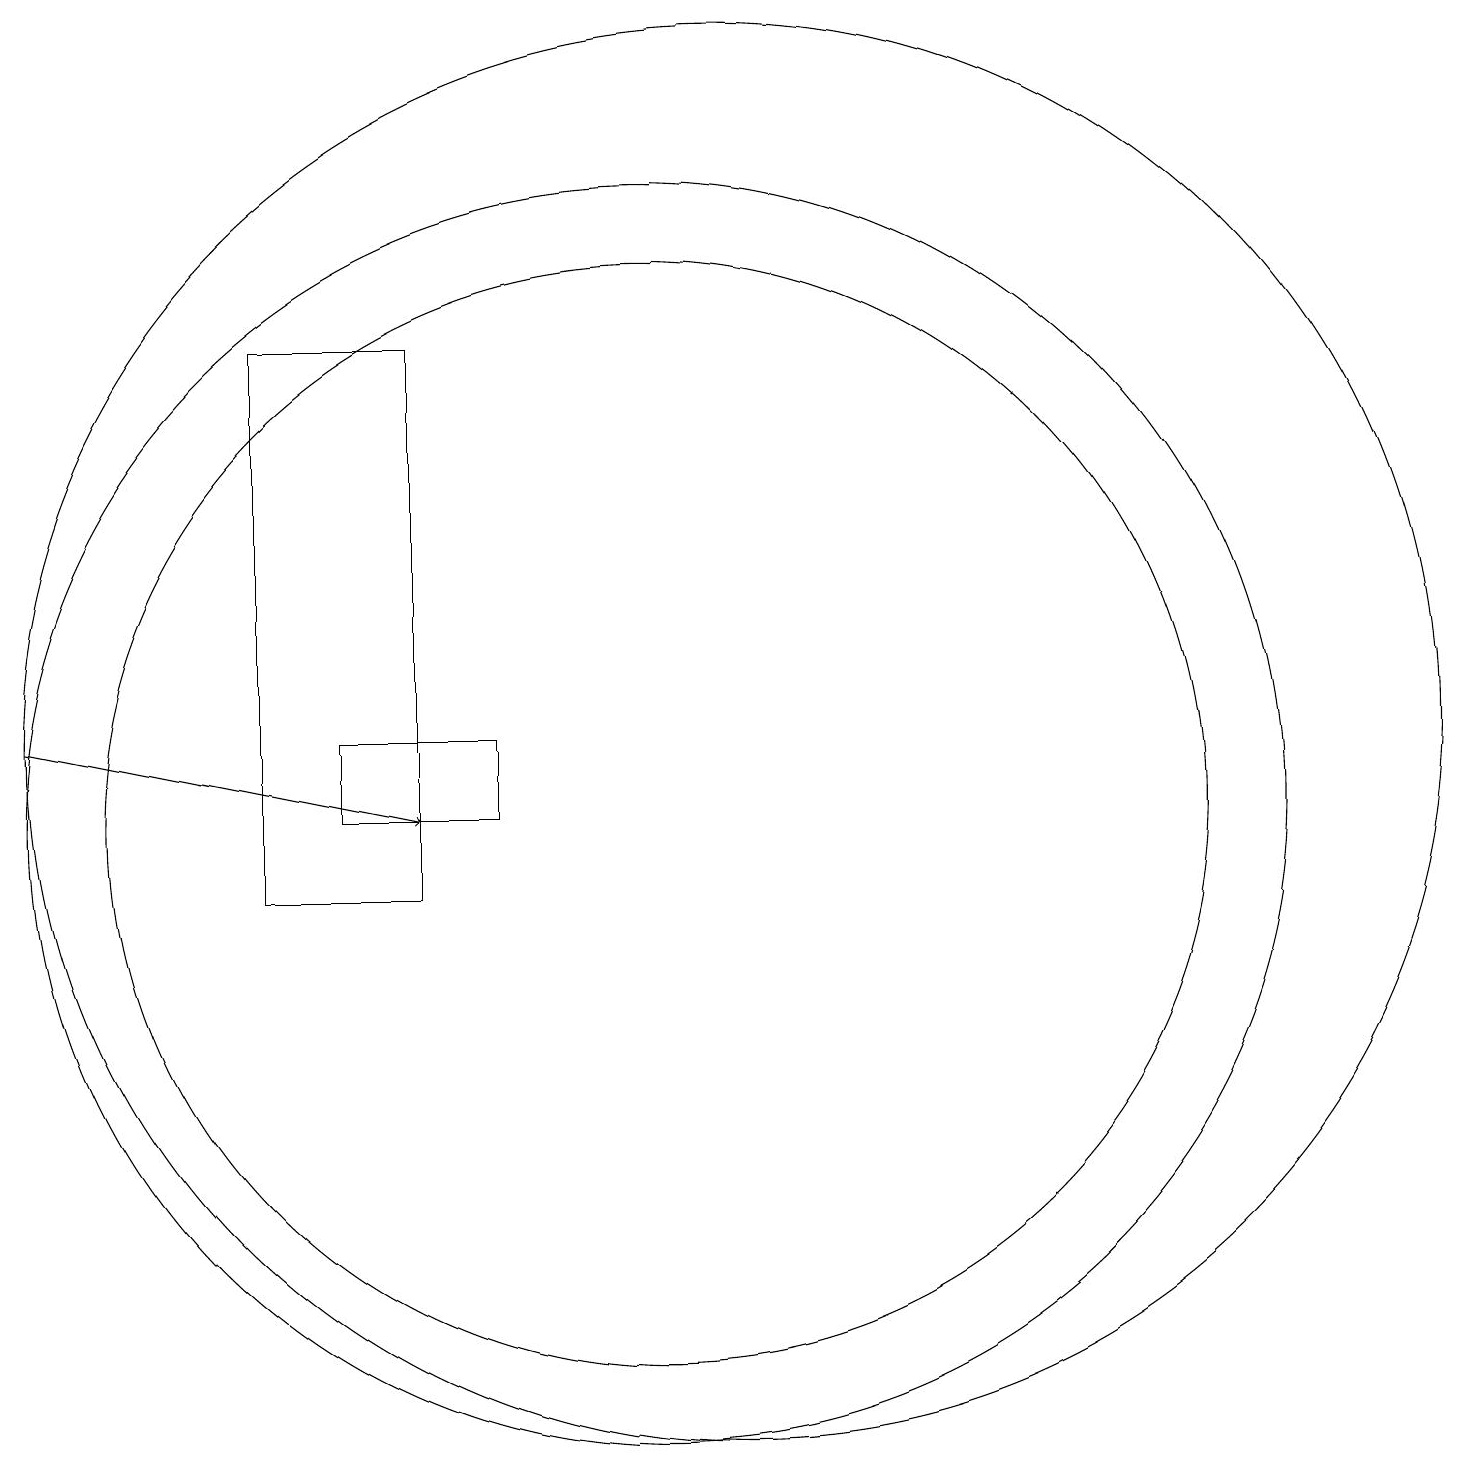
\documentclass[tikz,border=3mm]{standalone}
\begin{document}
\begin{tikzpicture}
\draw (11,12) circle (9);
\draw (10,11) circle (8);
\draw[->] (2,12) -- (7,11);
\draw (7,10) rectangle (5,17);
\draw (10,11) circle (7);
\draw (8,11) rectangle (6,12);
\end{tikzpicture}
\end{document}